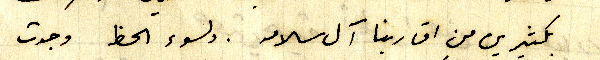
بكثيرين من اقاربنا آل سلامه. ولسوء الحظ وجدت